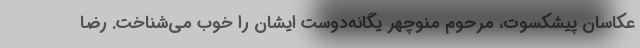
عکاسان پیشکسوت، مرحوم منوچهر یگانه‌دوست ایشان را خوب می‌شناخت. رضا